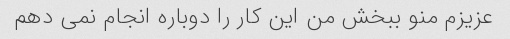
عزیزم منو ببخش من این کار را دوباره انجام نمی دهم